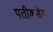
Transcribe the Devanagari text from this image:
पतीकडेच